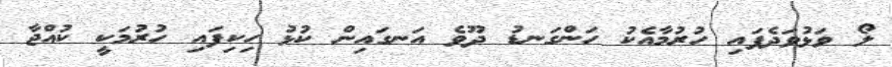
ލޯ ވަޅުވަދެފައި ހުރުމާއެކު ހަންގަނޑު ދޫވެ އަނގައިން ކުޅު ހިކިފައި ހުރުމަކީ ކުއްޖާ